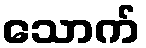
သောက်